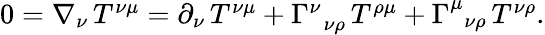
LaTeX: \begin{array}{r}{0=\nabla_{\nu}\, T^{\nu\mu}=\partial_{\nu}\, T^{\nu\mu}+\Gamma_{\, \, \, \nu\rho}^{\nu}\, T^{\rho\mu}+\Gamma_{\, \, \, \nu\rho}^{\mu}\, T^{\nu\rho}.}\end{array}